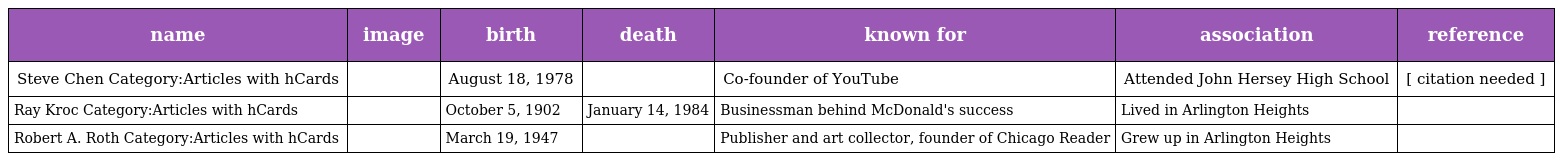
| name | image | birth | death | known for | association | reference |
 | --- | --- | --- | --- | --- | --- | --- |
 | Steve Chen Category:Articles with hCards |  | August 18, 1978 |  | Co-founder of YouTube | Attended John Hersey High School | [ citation needed ] |
 | Ray Kroc Category:Articles with hCards |  | October 5, 1902 | January 14, 1984 | Businessman behind McDonald's success | Lived in Arlington Heights |  |
 | Robert A. Roth Category:Articles with hCards |  | March 19, 1947 |  | Publisher and art collector, founder of Chicago Reader | Grew up in Arlington Heights |  |